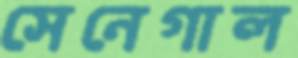
সেনেগাল